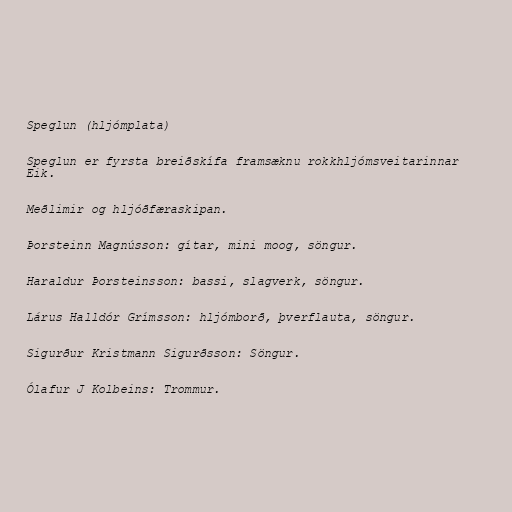
Speglun (hljómplata)

Speglun er fyrsta breiðskífa framsæknu rokkhljómsveitarinnar
Eik.

Meðlimir og hljóðfæraskipan.

Þorsteinn Magnússon: gítar, mini moog, söngur.

Haraldur Þorsteinsson: bassi, slagverk, söngur.

Lárus Halldór Grímsson: hljómborð, þverflauta, söngur.

Sigurður Kristmann Sigurðsson: Söngur.

Ólafur J Kolbeins: Trommur.